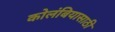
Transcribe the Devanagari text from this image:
कोलंबियासाठी